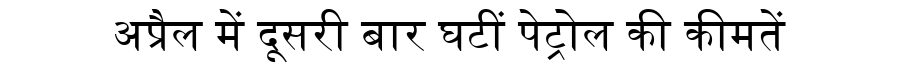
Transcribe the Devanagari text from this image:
अप्रैल में दूसरी बार घटीं पेट्रोल की कीमतें